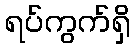
ရပ်ကွက်ရှိ